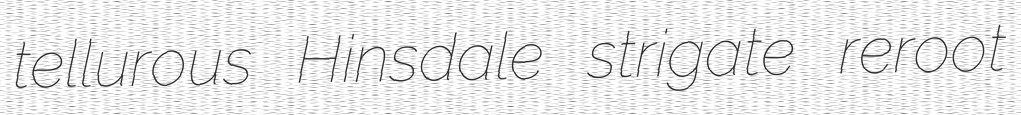
tellurous Hinsdale strigate reroot